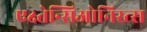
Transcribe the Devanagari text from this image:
एक्ष्तेन्सिओनिस्त्स